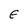
Character: E